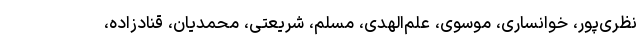
نظری‌پور، خوانساری، موسوی، علم‌الهدی، مسلم، شریعتی، محمدیان، قنادزاده،